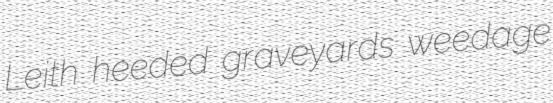
Leith heeded graveyards weedage